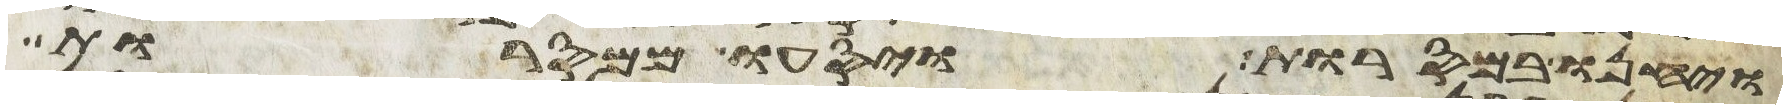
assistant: ויחנו במסרות ויסעו ממסרות